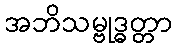
အဘိသမ္ဗုဒ္ဓတ္တာ